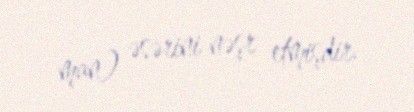
man) əsərini nəşr etmişdir.